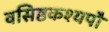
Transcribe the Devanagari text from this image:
वसिष्ठकश्यपौ